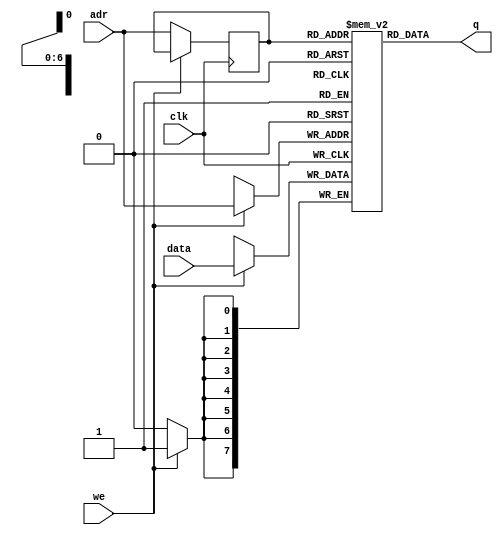
module single_port_ram(input [7:0] data, input [6:0] adr, input we, input clk, output [7:0] q );
  
  reg [7:0] ram [127:0]; 
  reg [6:0] adr_reg; 
  
  always @ (posedge clk) 
    begin
      if(we) begin
        ram[adr] <= data;
      end else begin
        adr_reg <= adr; 
      end  
    end
 
  assign q = ram[adr_reg];
  
endmodule